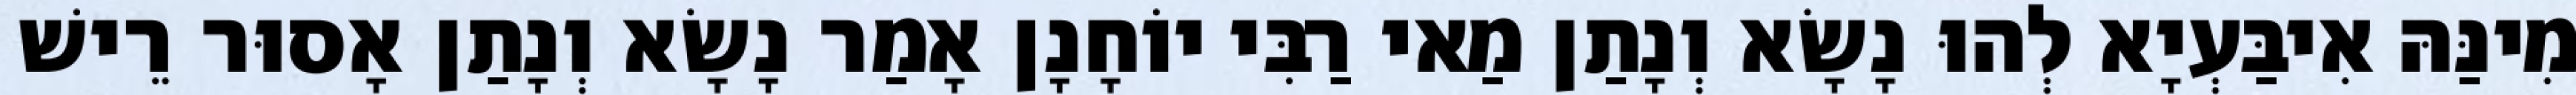
מִינַּהּ אִיבַּעְיָא לְהוּ נָשָׂא וְנָתַן מַאי רַבִּי יוֹחָנָן אָמַר נָשָׂא וְנָתַן אָסוּר רֵישׁ